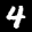
Label: 4